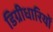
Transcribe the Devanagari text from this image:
डिग्रीधारियों